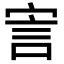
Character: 㝘